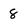
Character: 8